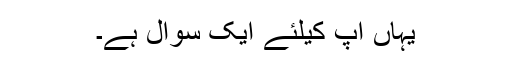
یہاں آپ کیلئے ایک سوال ہے۔